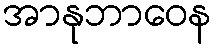
အာနုဘာဝေန